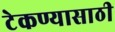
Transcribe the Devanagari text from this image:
टेकण्यासाठी